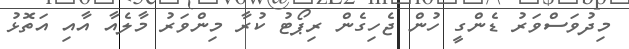
މިދުވަސްވަރު ޑެންގީ ހުން ޖެހިގެން ރިޕޯޓު ކުރާ މިންވަރު މާލެއާ އާއި އަތޮޅު